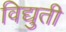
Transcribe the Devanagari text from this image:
विद्युती